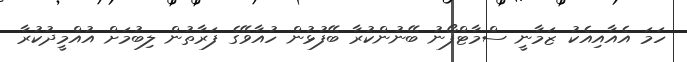
ހަމަ އެއާއިއެކު ޒަމާނީ ސްމާޓްފޯނު ބޭނުންކުރާ ބޭފުޅުން ހުއާވޭގެ ފަރާތުން ލިބުމަށް އުއްމީދުކުރާ